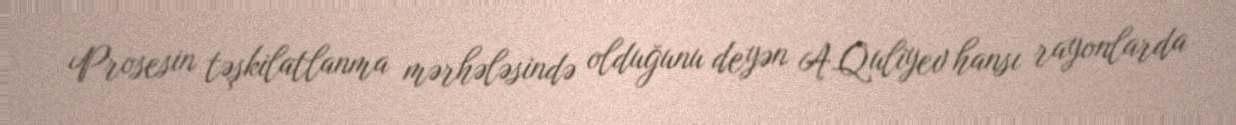
Prosesin təşkilatlanma mərhələsində olduğunu deyən A.Quliyev hansı rayonlarda